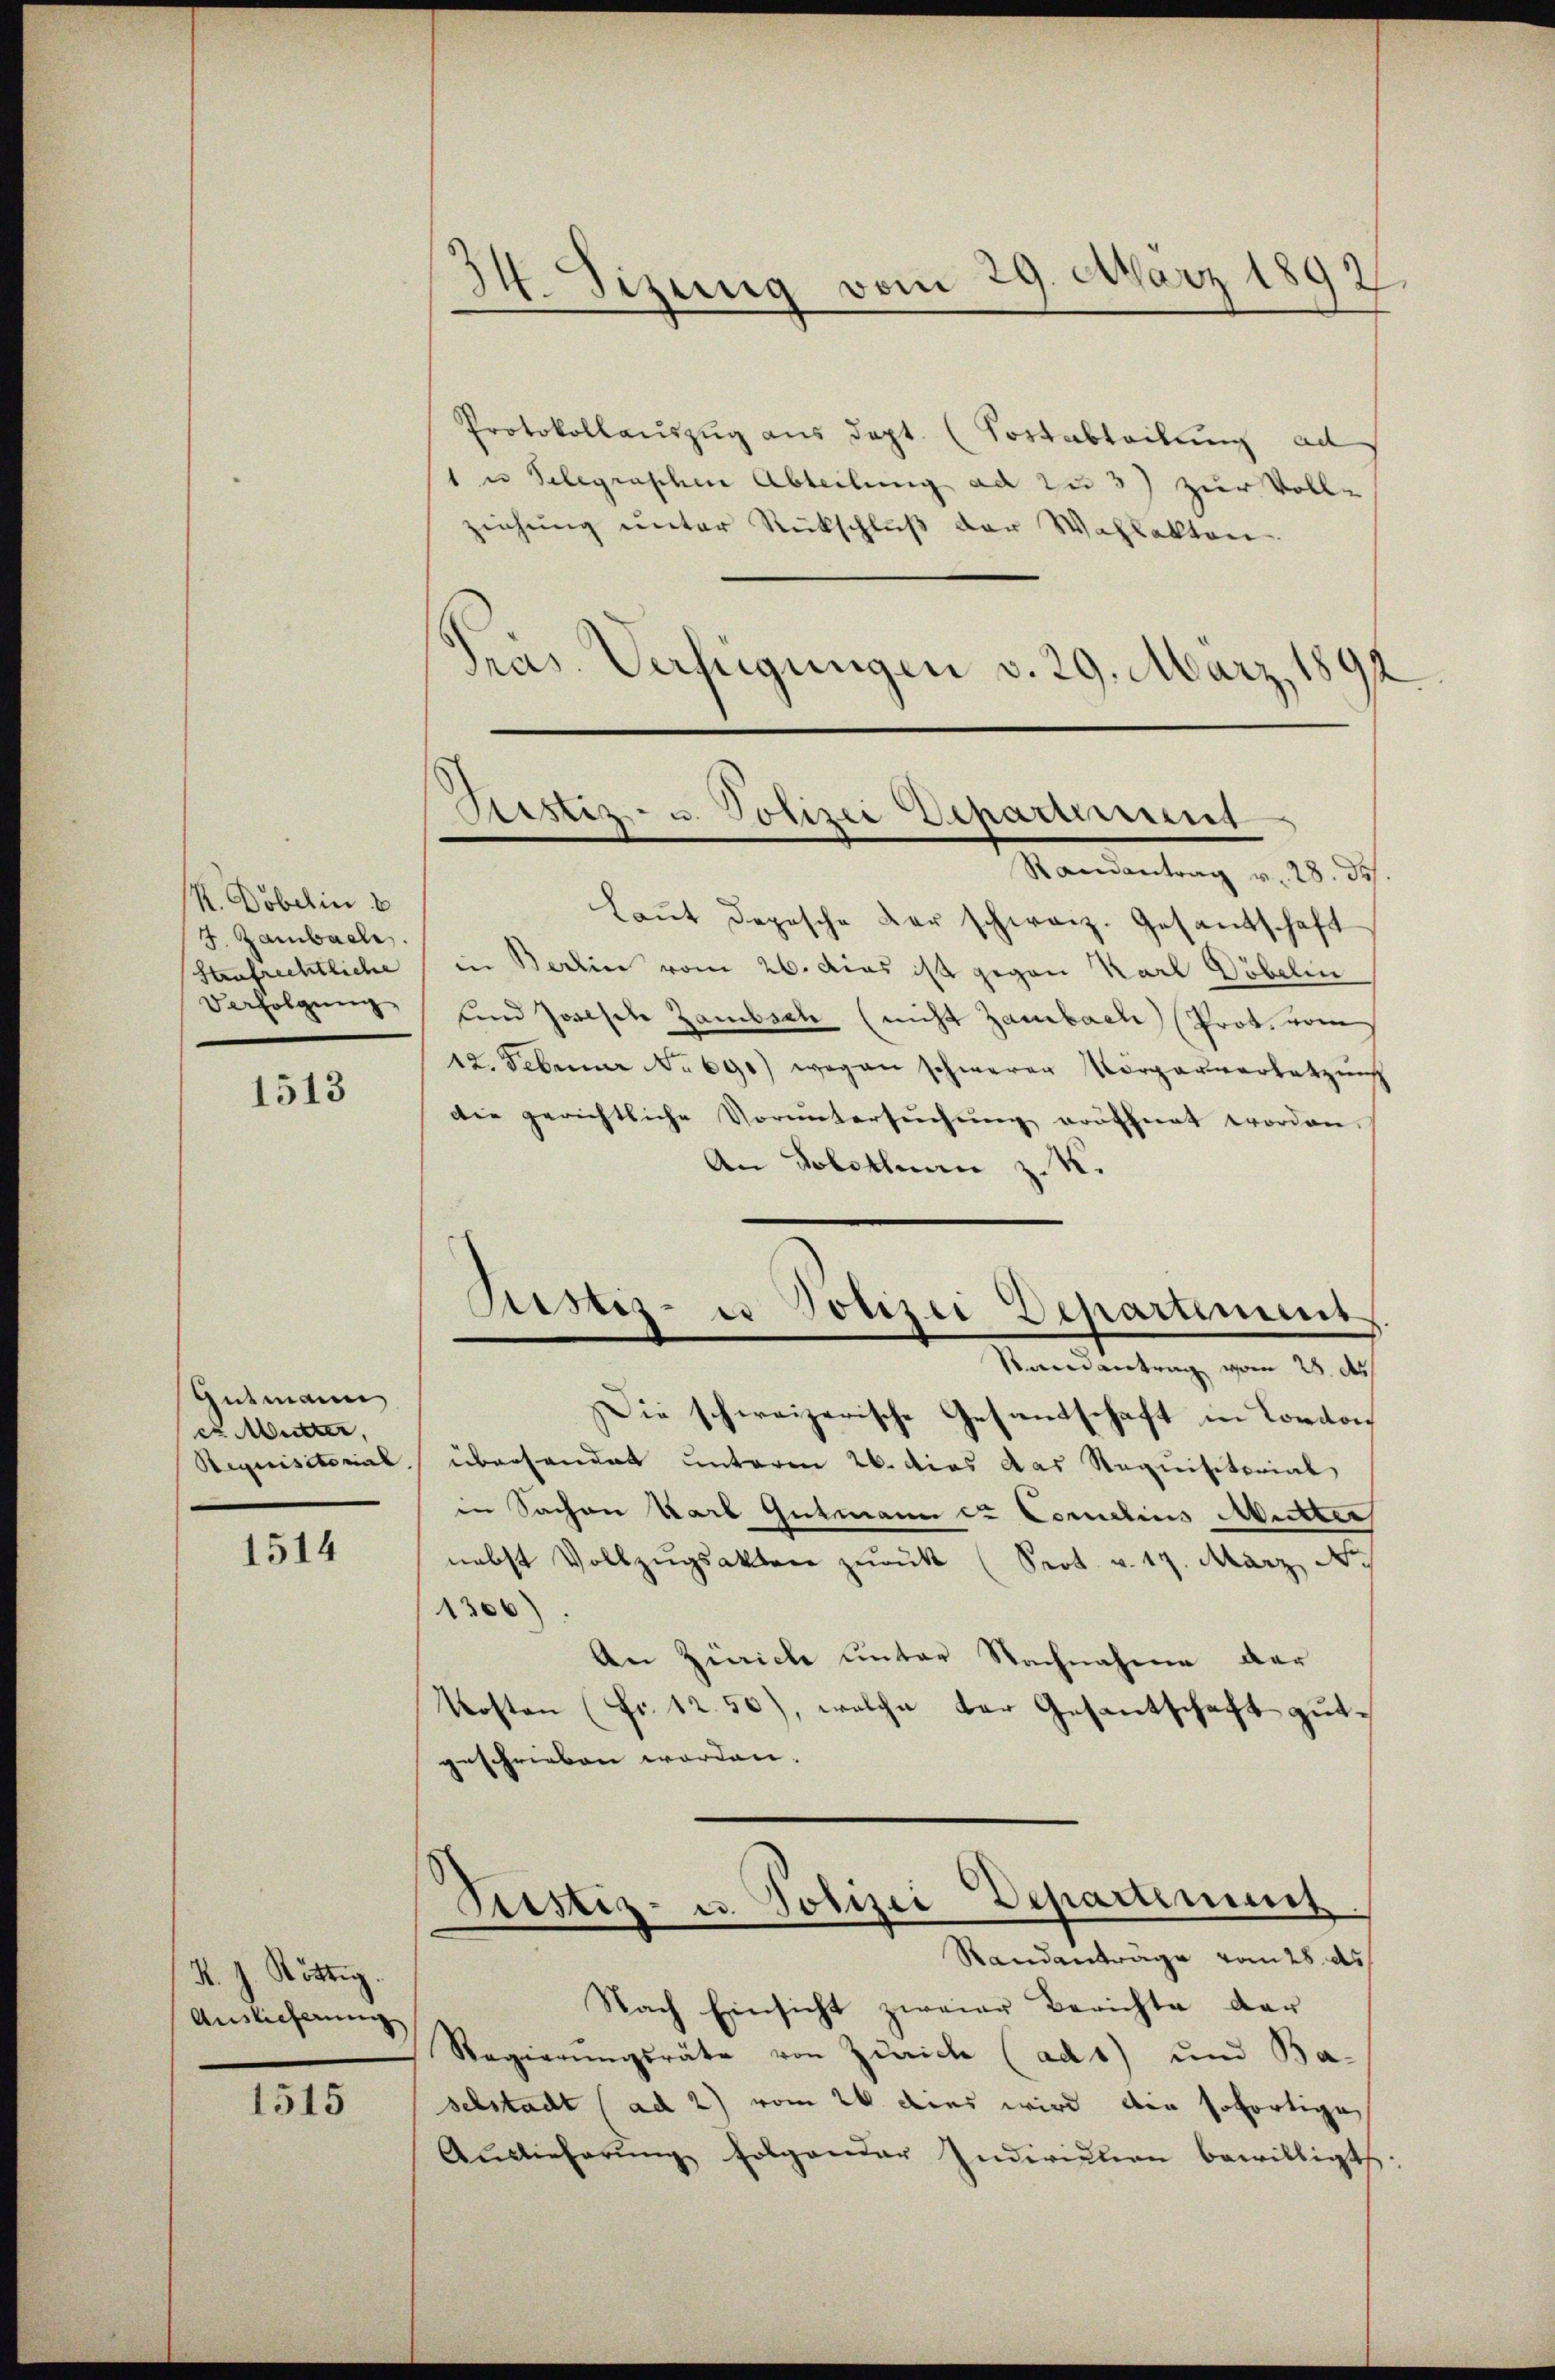
N. Döbelin b
J. Zambach
Strafrechtliche
Verfolgung

1513

Gutmann
zu Mutter,
Stequisitorial

1514

K. J. Röttig.
Auslieferung

1515

.
M. Sizung vom 29. März 1892.

Protokollauszug aus dept. (Fortabteilung ad
1 u Telegraschen Abteilung ad zu 3) zur Voll-
ziehung unter Rückschluß der Wahlakten
Pras. Verfügungen v. 29. März 1891
Randantrag v. 28. ds.
Laut dopische der schweiz. Gesandtschaft
in Berlin vom 26. Das ist gegen Karl Döbeli
und Josesche Zambsch (nicht Zambach Prot. vom
12. Februar No 691) wegen schwerer Vorganversatzung
die gerichtliche Voruntersŭchŭng eröffnet worden.
An Solothurn z. K.
Justiz- u Polizei Departement
Randantrag vom 28. d.
Die schweizerische Gesandschaft in London
überhandet unterm 26. dies das Requisitorial
in Sachen Karl Gutmann et Comelins Mutter
nebst Vollzŭgsakter zŭrük (Sept. v. 19. März, N.
1306)
An Zürich unter Nachnahme der
Kosten (Fr. 1250), welche der Gesantschaft gutgeschrieben worden.
Justiz- u. Polizei Departiment
Randanträge vom 28. ds
Nach Einsicht zweier Berichte der
Regierungsräte von Zürich (ad 1) und Ba-
selstadt (ad 2) vom 26 dies wird die sofortige
Auslieferŭng folgender Individuen bewilligt

Geistiz- u. Polizei Departement